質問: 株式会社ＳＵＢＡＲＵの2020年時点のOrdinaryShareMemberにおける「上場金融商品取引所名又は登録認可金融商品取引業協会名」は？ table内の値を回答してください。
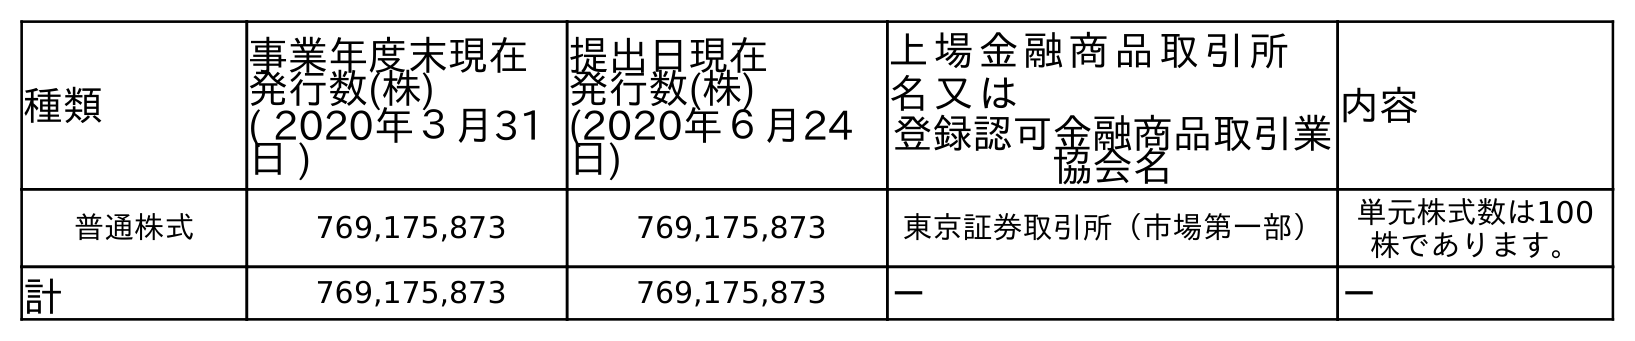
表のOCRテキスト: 種類 事業年度末現在 発行数(株) ( 2020年３月31 日 ) 提出日現在 発行数(株) (2020年６月24 日) 上場金融商品取引所 名又は 登録認可金融商品取引業 協会名 内容 普通株式 769,175,873 769,175,873 東京証券取引所（市場第一部） 単元株式数は100 株であります。 計 769,175,873 769,175,873 － －
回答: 東京証券取引所（市場第一部）